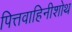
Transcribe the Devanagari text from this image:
पित्तवाहिनीशोथ